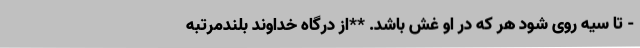
- تا سیه روی شود هر که در او غش باشد. **از درگاه خداوند بلندمرتبه